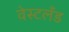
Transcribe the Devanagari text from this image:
वेस्टलँड